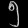
Digit: ၅